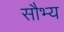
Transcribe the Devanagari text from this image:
सौभ्य